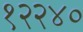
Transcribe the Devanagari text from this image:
१२२४०